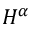
H ^ { \alpha }